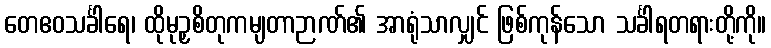
တေဧဝသင်္ခါရေ၊ ထိုမုဉှစိတုကမျတာဉာဏ်၏ အာရုံသာလျှင် ဖြစ်ကုန်သော သင်္ခါရတရားတို့ကို။